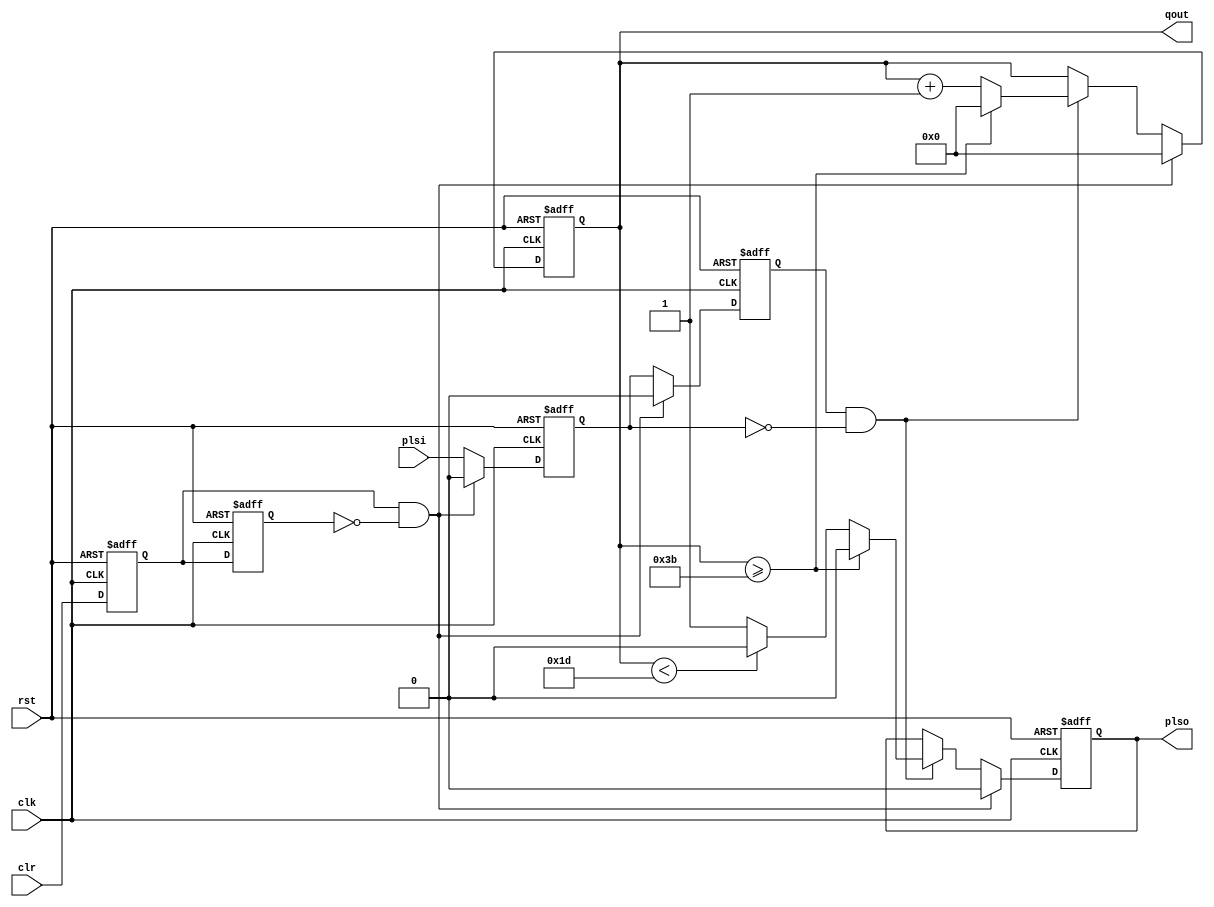
module pls_cnt_60(
    input rst,clk,
    input clr,plsi,
    output reg plso,
    output reg [5:0] qout
    );
    
reg cl0,cl1;
reg pl0,pl1;

always@(negedge rst, posedge clk)
begin
    if (rst == 0)
        begin
            cl0 <= 0;  cl1 <= 0;  pl0 <= 0;   pl1 <= 0;  
            plso <= 0;
            qout <= 0;       
        end
    else 
        begin
            cl0 <= clr;   cl1 <= cl0;
            pl0 <= plsi;  pl1 <= pl0;
            if (cl0 & ~cl1)         // Rising Edge of CLR
                begin
                    pl0 <= 0;   pl1 <= 0;
                    qout <= 0;  plso <= 0;
                end
            else if (pl1 & ~pl0)    // Falling Edge of PLSI
                begin
                    if (qout >= 59)
                        begin
                            qout <= 0;
                            plso <= 0;
                        end
                    else
                        begin
                            qout <= qout + 1;
                            if (qout < 29)
                                plso <= 0;
                            else
                                plso <= 1;
                        end
                end
        end
end

endmodule